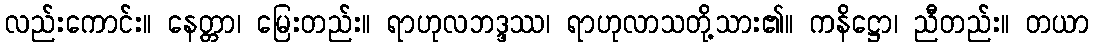
လည်းကောင်း။ နေတ္တာ၊ မြေးတည်း။ ရာဟုလဘဒ္ဒဿ၊ ရာဟုလာသတို့သား၏။ ကနိဋ္ဌော၊ ညီတည်း။ တယာ